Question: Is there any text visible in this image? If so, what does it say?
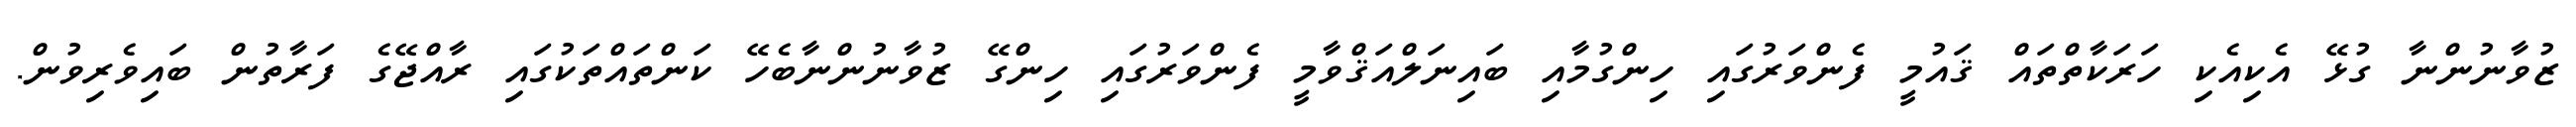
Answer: ޒުވާނުންނާ ގުޅޭ އެކިއެކި ހަރަކާތްތައް ޤައުމީ ފެންވަރުގައި ހިންގުމާއި ބައިނަލްއަޤްވާމީ ފެންވަރުގައި ހިންގޭ ޒުވާނުންނާބެހޭ ކަންތައްތަކުގައި ރާއްޖޭގެ ފަރާތުން ބައިވެރިވުން.